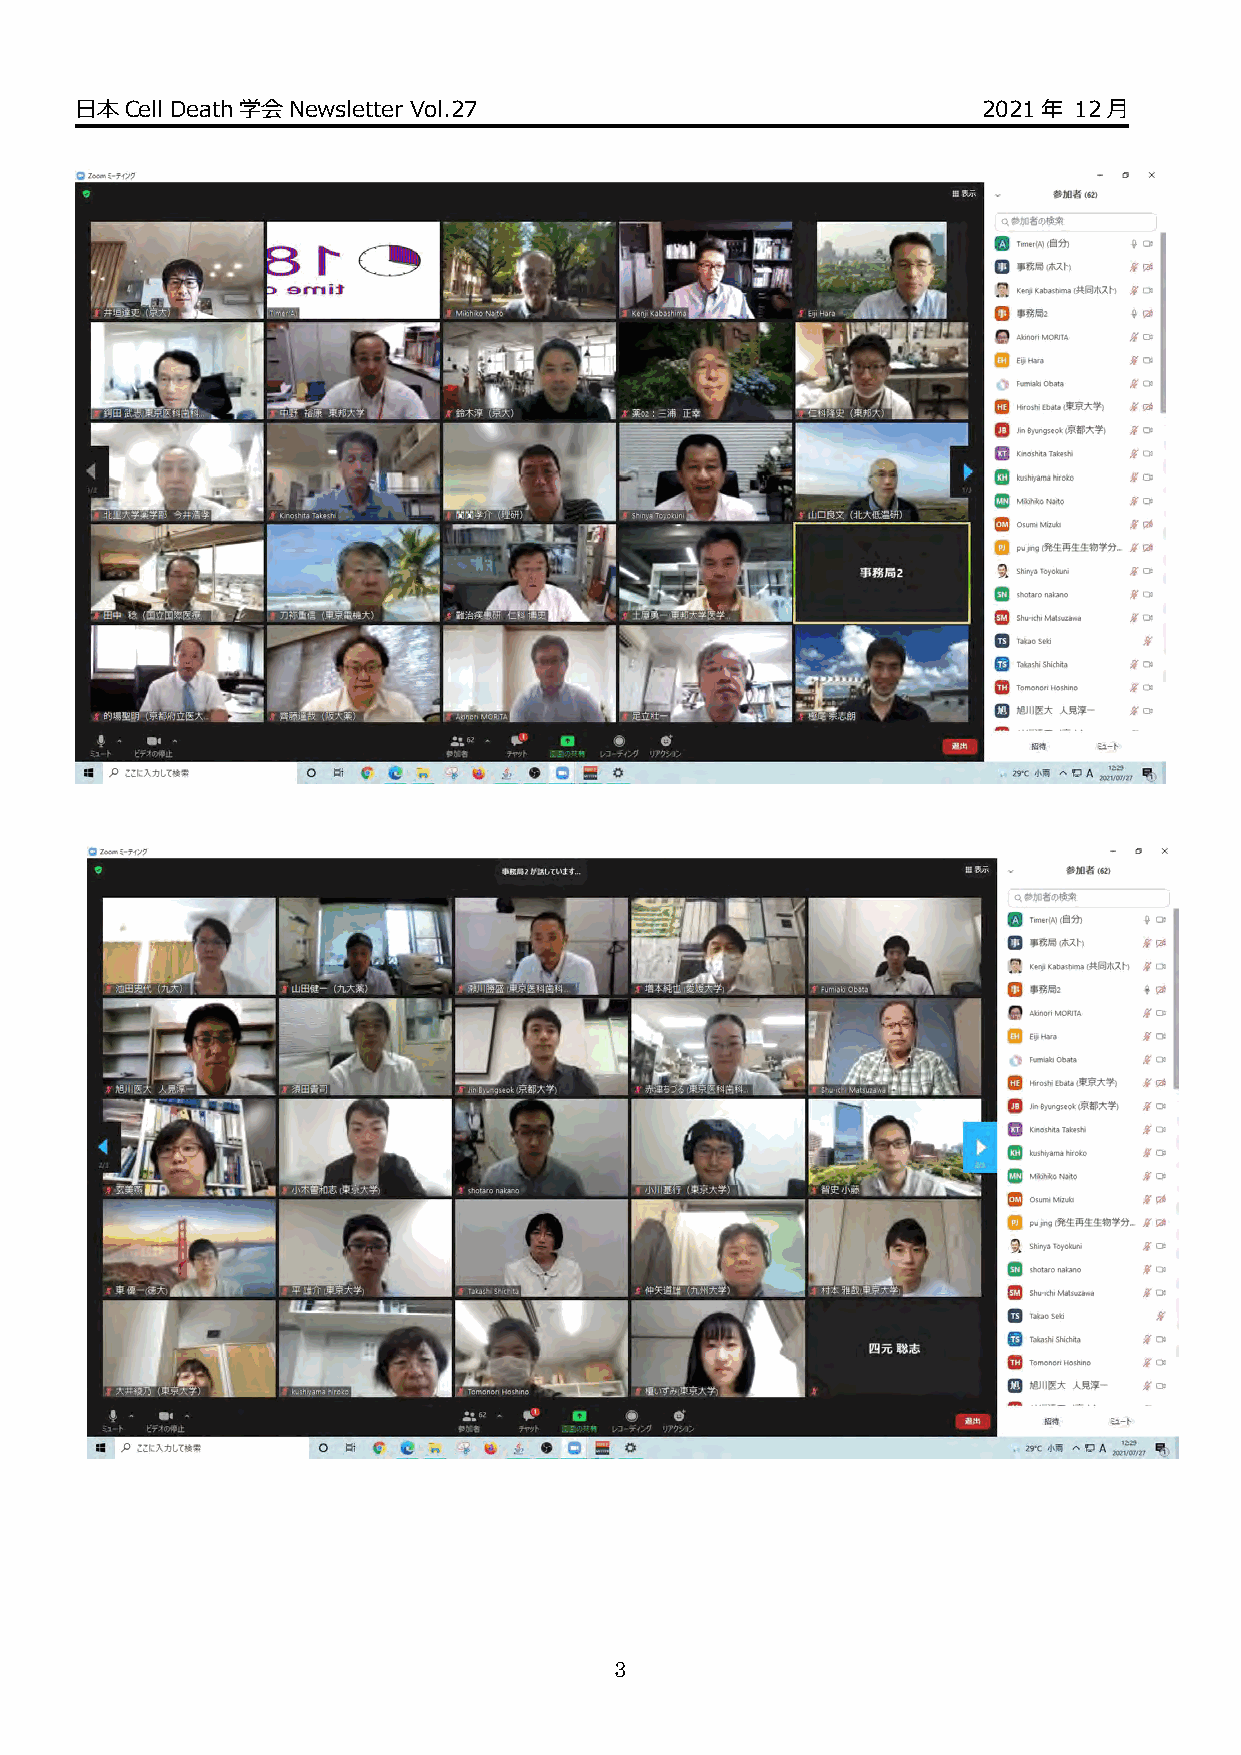
日本Cell Death学会Newsletter Vol.27                             2021年 12月
 3